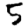
Digit: 5